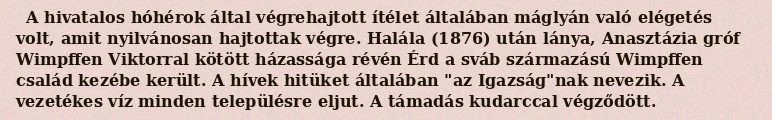
A hivatalos hóhérok által végrehajtott ítélet általában máglyán való elégetés volt, amit nyilvánosan hajtottak végre. Halála (1876) után lánya, Anasztázia gróf Wimpffen Viktorral kötött házassága révén Érd a sváb származású Wimpffen család kezébe került. A hívek hitüket általában "az Igazság"nak nevezik. A vezetékes víz minden településre eljut. A támadás kudarccal végződött.